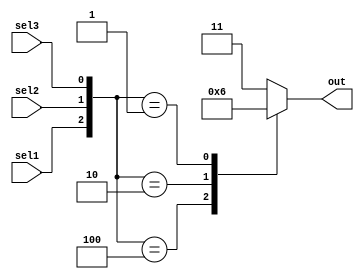
// --------------------------------------
// FileName: case
// Auther: Ch'in
// Function:
// Version: 1.0
// Coryright:https://github.com/Ch1-n
// --------------------------------------
module casetest (sel1, sel2, sel3, out);
  input sel1, sel2, sel3;
  output reg [1:0] out;
  always @(*) begin
    case ({sel1,sel2,sel3}) 
      3'b100:  out = 2'b00;
      3'b010:  out = 2'b01;
      3'b001:  out = 2'b10;
      default: out = 2'b11;
    endcase
  end
endmodule

module casetest_tb;
  reg sel1, sel2, sel3;
  wire [1:0] out;
  initial begin
    sel1 = 1'b0;
    sel2 = 1'b0;
    sel3 = 1'b0;
    #10     sel1 = 1'b0;
            sel2 = 1'b0;
            sel3 = 1'b0;
    #10     sel1 = 1'b1;
            sel2 = 1'b0;
            sel3 = 1'b0;
    #10     sel1 = 1'b0;
            sel2 = 1'b1;
            sel3 = 1'b0;
    #10     sel1 = 1'b0;
            sel2 = 1'b0;
            sel3 = 1'b1;
    #10     sel1 = 1'b1;
            sel2 = 1'b1;
            sel3 = 1'b0;
    #10     sel1 = 1'b1;
            sel2 = 1'b1;
            sel3 = 1'b1;
  end

  casetest casetest(.sel1(sel1), .sel2(sel2), .sel3(sel3), .out(out));
	initial begin 
		$fsdbDumpfile("ifelse.fsdb");
		$fsdbDumpvars;
	end
  
endmodule